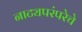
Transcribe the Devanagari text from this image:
नाट्यपरंपरेचे